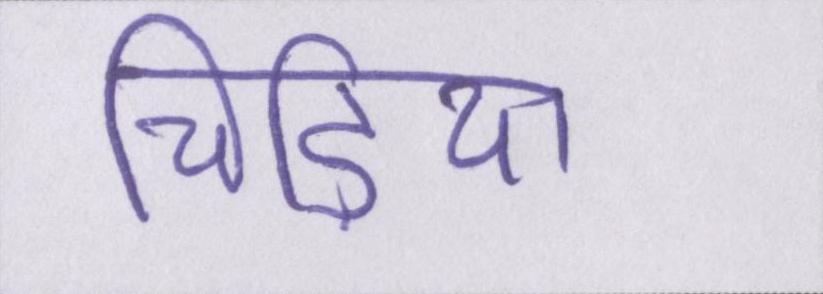
चिड़िया